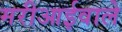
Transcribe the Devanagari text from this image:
मरीआईवाले